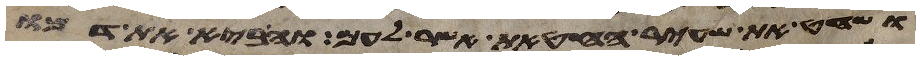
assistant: ושחט את שעיר החטאת אשר לעם והביא את דמו